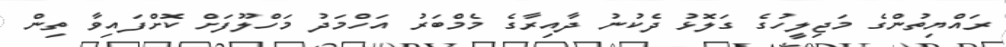
ރައްޔިތުންގެ މަޖިލީހުގެ ގަލޮޅު ދެކުނު ދާއިރާގެ މެމްބަރު އަހްމަދު މަހްލޫފަށް ކޮށްފައިވާ ތިން